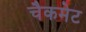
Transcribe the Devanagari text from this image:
चैकमेट